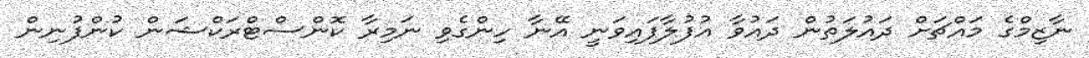
ނާޒިމްގެ މައްޗަށް ދައުލަތުން ދައުވާ އުފުލާފައިވަނީ އޭނާ ހިންގެވި ނަމިރާ ކޮންސްޓްރަކްޝަން ކުންފުނިން